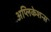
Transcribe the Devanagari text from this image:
अप्लिकेशन्स